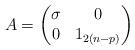
LaTeX: \begin{align*}A = \begin{pmatrix}\sigma & 0 \\0 & 1_{2(n-p)}\end{pmatrix}\end{align*}